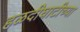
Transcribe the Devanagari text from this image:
हळदीघाटीच्या